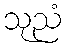
သုညံ